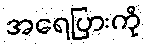
အရေပြားကို